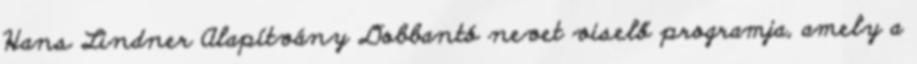
Hans Lindner Alapítvány Dobbantó nevet viselő programja, amely a